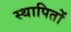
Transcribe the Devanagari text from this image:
स्थापितों